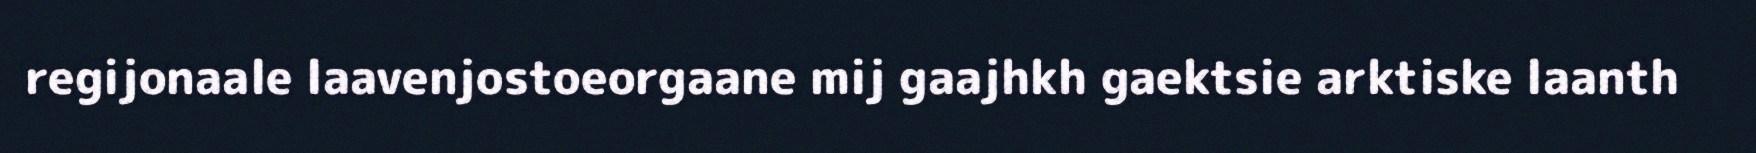
regijonaale laavenjostoeorgaane mij gaajhkh gaektsie arktiske laanth